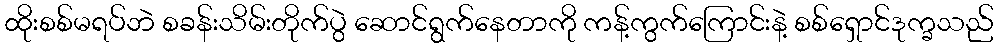
ထိုးစစ်မရပ်ဘဲ စခန်းသိမ်းတိုက်ပွဲ ဆောင်ရွက်နေတာကို ကန့်ကွက်ကြောင်းနဲ့ စစ်ရှောင်ဒုက္ခသည်